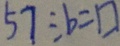
5 7 \div b = \square